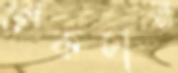
লেকচার